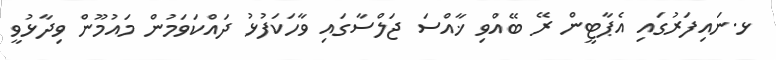
ޅ.ނައިފަރުގައި އެޕާޓީން ރޭ ބޭއްވި ޚާއްސަ ޖަލްސާގައި ވާހަކަފުޅު ދައްކަވަމުން މައުމޫން ވިދާޅުވީ